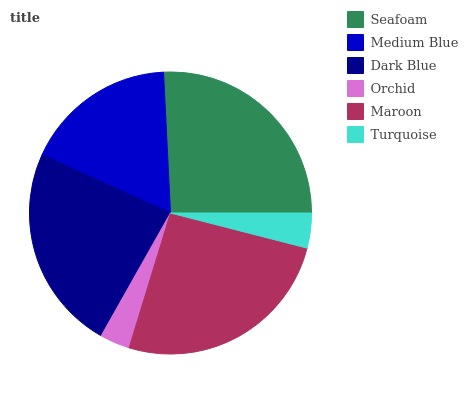
| Seafoam | Medium Blue | Dark Blue | Orchid | Maroon | Turquoise |
 | --- | --- | --- | --- | --- | --- |
 | 25.8% | 17.5% | 23.5% | 3.44% | 25.8% | 3.99% |